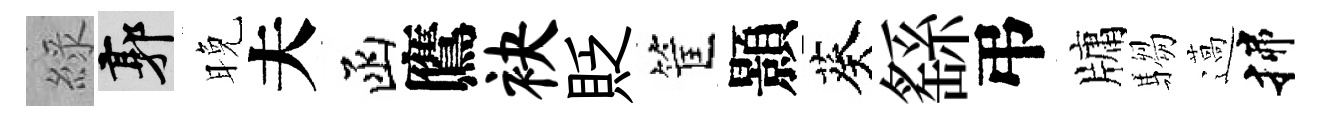
綠郭晚夫函鷹袂貶筐顥葵繇弔牗騶薖揲